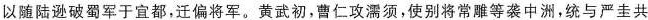
以随陆逊破蜀军于宜都，迁偏将军。黄武初，曹仁攻濡须，使别将常雕等袭中洲，统与严圭共